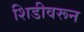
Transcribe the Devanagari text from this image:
शिडीवरून